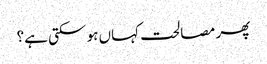
پھر مصالحت کہاں ہو سکتی ہے؟